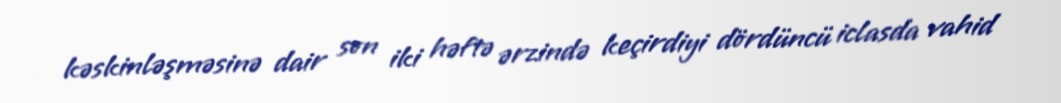
kəskinləşməsinə dair son iki həftə ərzində keçirdiyi dördüncü iclasda vahid